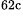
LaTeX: ^\textrm{\scriptsize 62c}